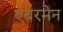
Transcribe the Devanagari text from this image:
एयरमेन